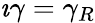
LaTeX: \imath\gamma=\gamma_{R}